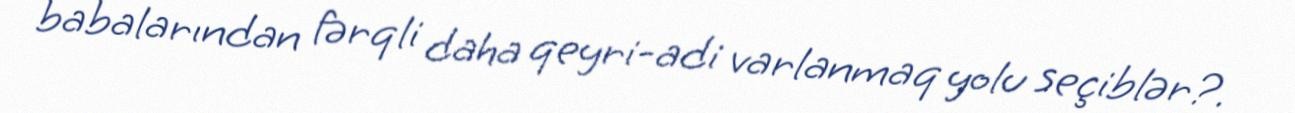
babalarından fərqli daha qeyri-adi varlanmaq yolu seçiblər?.